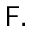
\mathsf { F } .